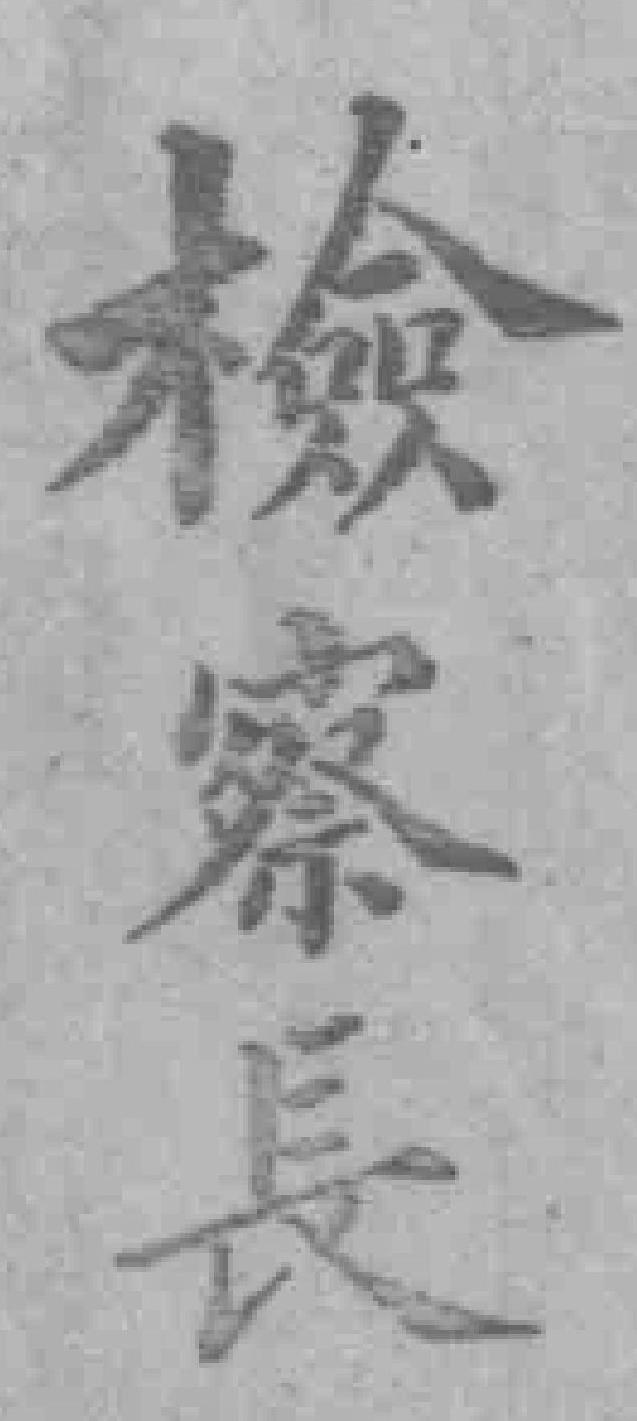
檢察長